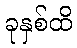
ခုနှစ်ထိ